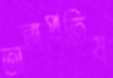
অঙ্গপ্রতিষ্